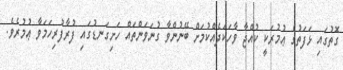
ގޮތުގައި ޅަފަތުގެ ޢުމުރަކީ ކުއްޖާ ވާހަކަދެއްކުމަށް ބޭނުންވާ ގުނަވަންތައް ހަށިގަނޑުގައި ފުރާފުރިހަމަވާ ޢުމުރެވެ.